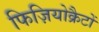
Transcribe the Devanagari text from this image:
फिज़ियोक्रैटों